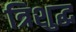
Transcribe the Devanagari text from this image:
त्रिशुद्ध